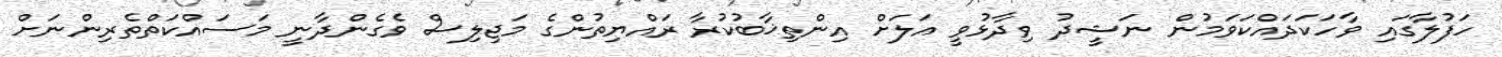
ހަފުލާގައި ވާހަކަދައްކަވަމުން ނަޝީދު ވިދާޅުވީ އަލަށް އިންތިޚާބުކުރާ ރައްޔިތުންގެ މަޖިލިސް ވެގެންދާނީ މަސައްކަތްތެރިންނަށް